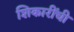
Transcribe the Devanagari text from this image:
शिकारींची